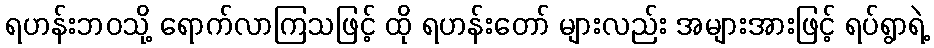
ရဟန်းဘဝသို့ ရောက်လာကြသဖြင့် ထို ရဟန်းတော် များလည်း အများအားဖြင့် ရပ်ရွာရဲ့